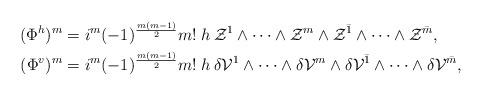
LaTeX: \begin{align*}(\Phi^h)^m &= i^m(-1)^{\frac{m(m-1)}{2}}m!\:h\:\mathcal{Z}^1\wedge\dots\wedge\mathcal{Z}^m\wedge\mathcal{Z}^{\bar{1}}\wedge\dots\wedge\mathcal{Z}^{\bar{m}},\\(\Phi^v)^m &= i^m(-1)^{\frac{m(m-1)}{2}}m!\:h\:\delta\mathcal{V}^1\wedge\dots\wedge\delta\mathcal{V}^m\wedge\delta\mathcal{V}^{\bar{1}}\wedge\dots\wedge\delta\mathcal{V}^{\bar{m}},\end{align*}